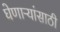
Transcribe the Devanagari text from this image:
घेणाऱ्यांसाठी